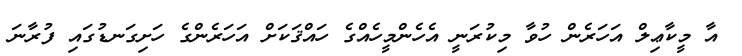
އާ މީކާޢިލް އަހަރެން ހުވާ މިކުރަނީ އެހެންމީހެއްގެ ހައްޤަކަށް އަހަރެންގެ ހަށިގަނޑުގައި ފުރާނަ